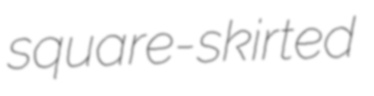
square-skirted